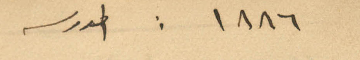
١٨٨٦: المدرسه